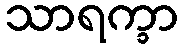
သာရက္ခာ